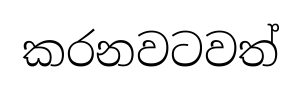
කරනවටවත්